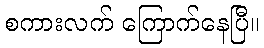
စကားလက် ကြောက်နေပြီ။